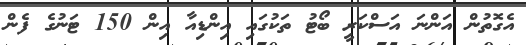
އެގޮތުން އަންނަ އަސްކަރީ ބޯޓު ތަކުގައި އިންޑިއާ އިން 150 ޓަނުގެ ފެން